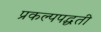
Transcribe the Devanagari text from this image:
प्रकल्पपद्धती